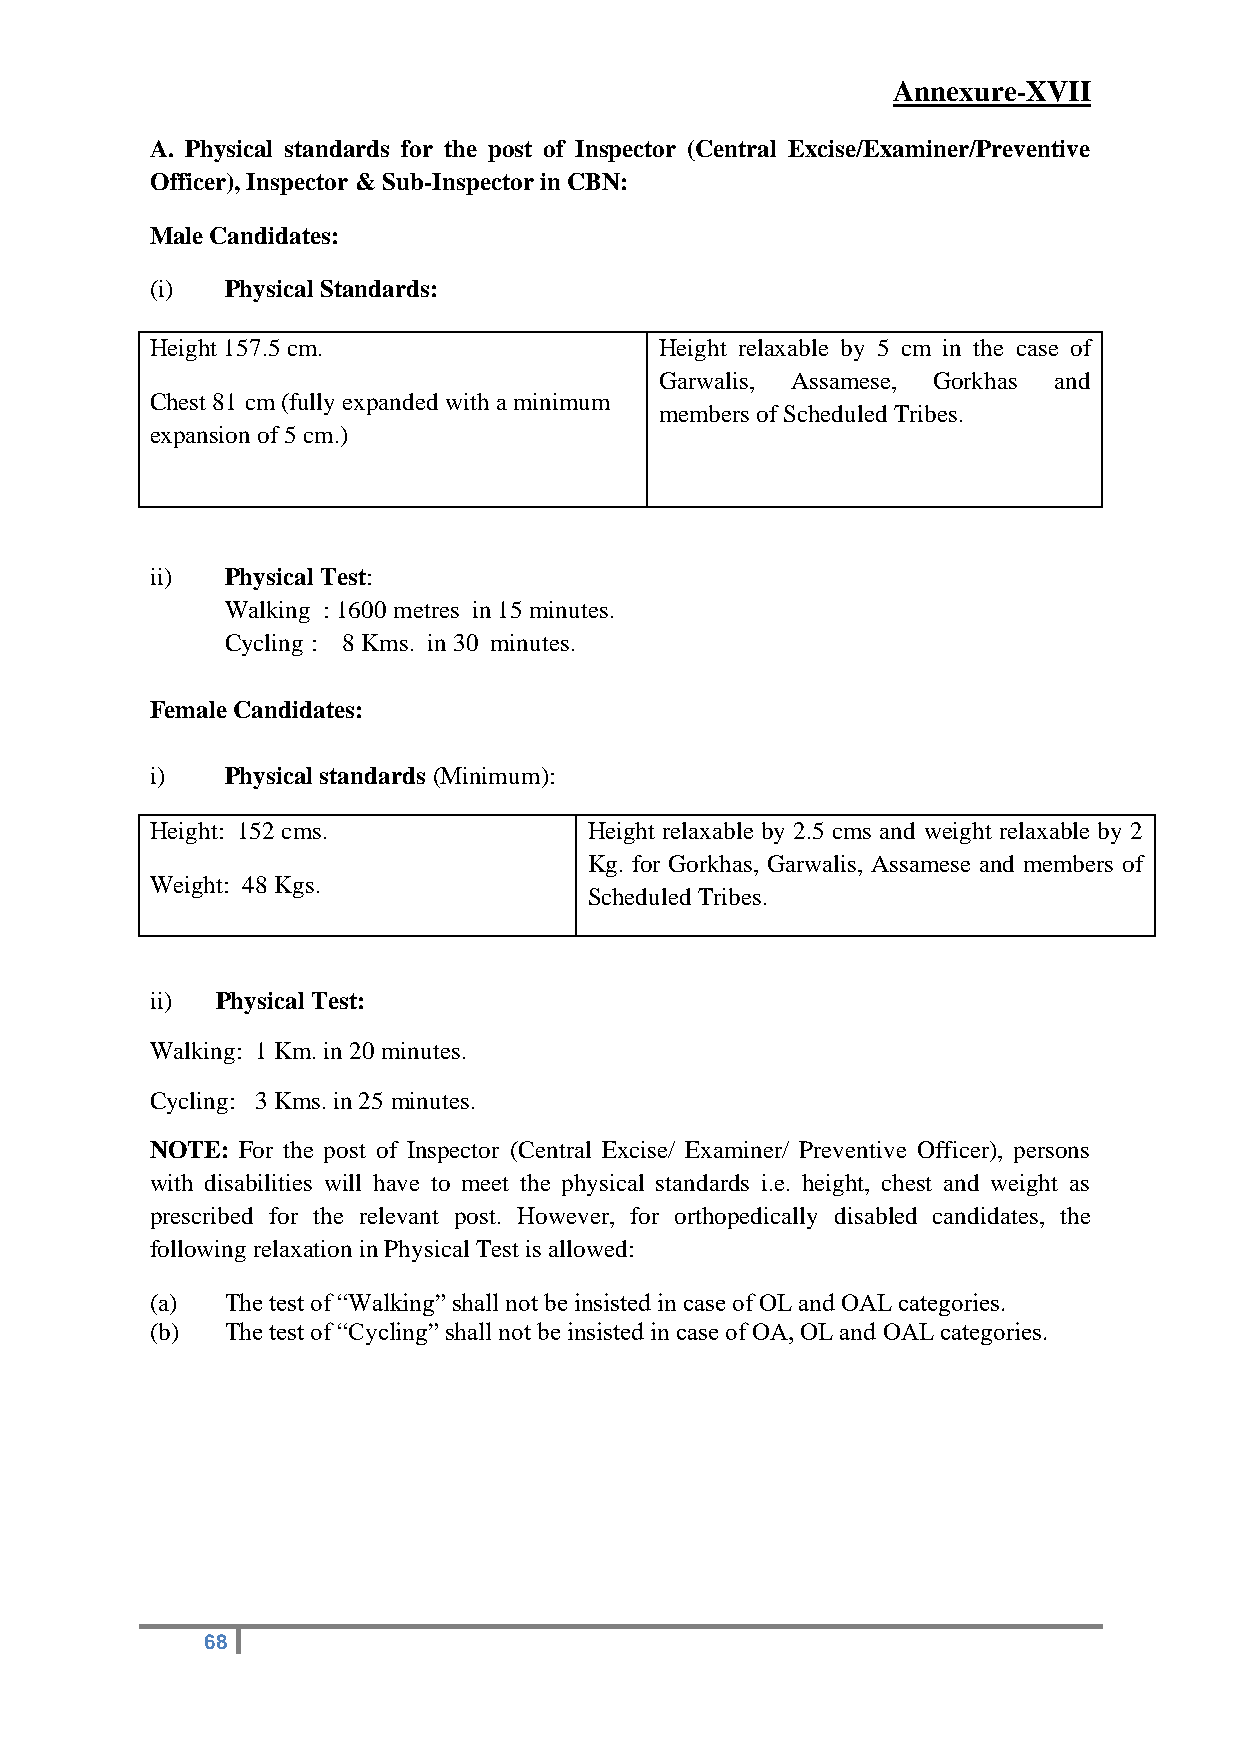
Annexure-XVII
 A. Physical standards for the post of Inspector (Central Excise/Examiner/Preventive
 Officer), Inspector & Sub-Inspector in CBN:
 Male Candidates:
 (i)  Physical Standards:
 Height 157.5 cm.                  Height relaxable by 5 cm in the case of
 Garwalis, Assamese, Gorkhas and
 Chest 81 cm (fully expanded with a minimum
 members of Scheduled Tribes.
 expansion of 5 cm.)
 ii)  Physical Test:
 Walking : 1600 metres in 15 minutes.
 Cycling : 8 Kms. in 30 minutes.
 Female Candidates:
 i)   Physical standards (Minimum):
 Height: 152 cms.             Height relaxable by 2.5 cms and weight relaxable by 2
 Kg. for Gorkhas, Garwalis, Assamese and members of
 Weight: 48 Kgs.
 Scheduled Tribes.
 ii) Physical Test:
 Walking: 1 Km. in 20 minutes.
 Cycling: 3 Kms. in 25 minutes.
 NOTE: For the post of Inspector (Central Excise/ Examiner/ Preventive Officer), persons
 with disabilities will have to meet the physical standards i.e. height, chest and weight as
 prescribed for the relevant post. However, for orthopedically disabled candidates, the
 following relaxation in Physical Test is allowed:
 (a)  The test of “Walking” shall not be insisted in case of OL and OAL categories.
 (b)  The test of “Cycling” shall not be insisted in case of OA, OL and OAL categories.
 68